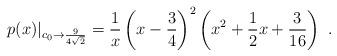
LaTeX: \begin{align*}p(x)|_{c_0\to {9\over 4\sqrt{2}}} = {1\over x}\left(x-{3\over 4}\right)^2\left(x^2+{1\over 2}x + {3\over 16}\right)\ .\end{align*}